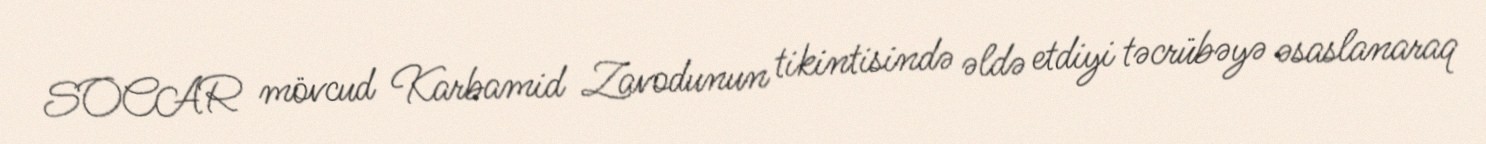
SOCAR mövcud Karbamid Zavodunun tikintisində əldə etdiyi təcrübəyə əsaslanaraq